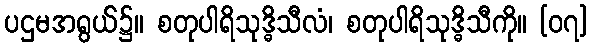
ပဌမအရွယ်၌။ စတုပါရိသုဒ္ဓိသီလံ၊ စတုပါရိသုဒ္ဓိသီကို။ [၀၇]